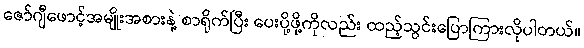
ဇော်ဂျီဖောင့်အမျိုးအစားနဲ့ စာရိုက်ပြီး ပေးပို့ဖို့ကိုလည်း ထည့်သွင်းပြောကြားလိုပါတယ်။